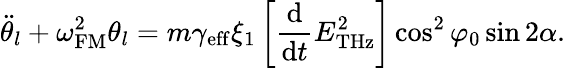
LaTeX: \ddot{\theta}_{l}+\omega_{\mathrm{FM}}^{2}\theta_{l}=m\gamma_{\mathrm{eff}}\xi_{1}\left[\frac{\mathrm{d}}{\mathrm{d}t}E_{\mathrm{THz}}^{2}\right]\cos^{2}\varphi_{0}\sin 2\alpha.